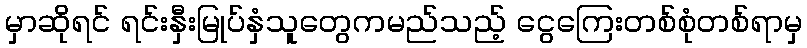
မှာဆိုရင် ရင်းနှီးမြုပ်နှံသူတွေကမည်သည့် ငွေကြေးတစ်စုံတစ်ရာမှ